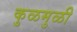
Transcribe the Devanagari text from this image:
कुळमुळी